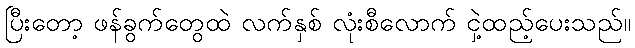
ပြီးတော့ ဖန်ခွက်တွေထဲ လက်နှစ် လုံးစီလောက် ငှဲ့ထည့်ပေးသည်။